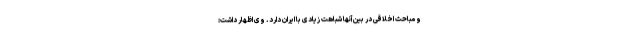
و مباحث اخلاقی در بین آنها شباهت زیادی با ایران دارد. وی اظهار داشت: